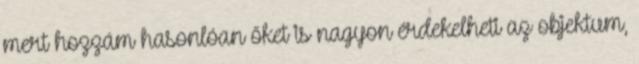
mert hozzám hasonlóan őket is nagyon érdekelheti az objektum,